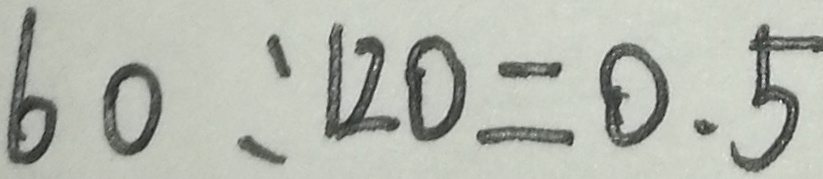
6 0 : 2 0 = 0 . 5